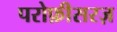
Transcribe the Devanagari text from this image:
परोफ़ीसरज़